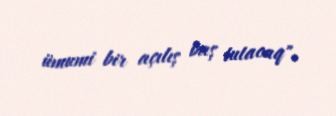
ümumi bir açılış baş tutacaq".